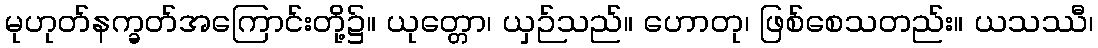
မုဟုတ်နက္ခတ်အကြောင်းတို့၌။ ယုတ္တော၊ ယှဉ်သည်။ ဟောတု၊ ဖြစ်စေသတည်း။ ယသဿီ၊